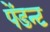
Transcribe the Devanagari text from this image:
पेंडन्ट